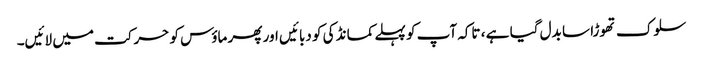
سلوک تھوڑا سا بدل گیا ہے ، تاکہ آپ کو پہلے کمانڈ کی کو دبائیں اور پھر ماؤس کو حرکت میں لائیں۔